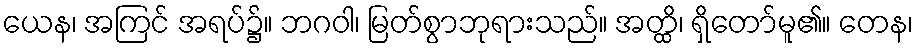
ယေန၊ အကြင် အရပ်၌။ ဘဂဝါ၊ မြတ်စွာဘုရားသည်။ အတ္ထိ၊ ရှိတော်မူ၏။ တေန၊